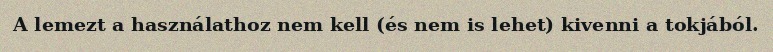
A lemezt a használathoz nem kell (és nem is lehet) kivenni a tokjából.